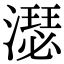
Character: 濏